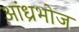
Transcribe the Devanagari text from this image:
आंध्रभोज